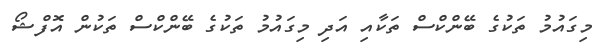
މިގައުމު ތަކުގެ ބޭންކްސް ތަކާއި އަދި މިގައުމު ތަކުގެ ބޭންކްސް ތަކުން އޮފްޝޯ